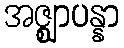
အဇ္ဈာပန္နာ